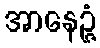
အာနေဉ္ဇံ